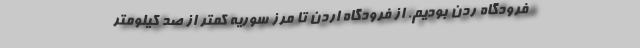
فرودگاه ردن بودیم. از فرودگاه اردن تا مرز سوریه کمتر از صد کیلومتر